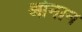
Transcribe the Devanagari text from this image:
ओनान